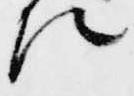
法